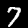
Label: 7